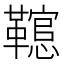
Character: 䪀